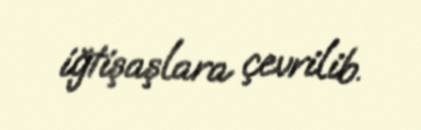
iğtişaşlara çevrilib.